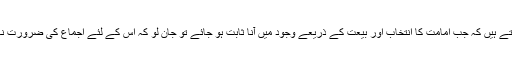
پھر لکھتے ہیں کہ جب امامت کا انتخاب اور بیعت کے ذریعے وجود میں آنا ثابت ہو جائے تو جان لو کہ اس کے لئے اجماع کی ضرورت نہیں ہے۔